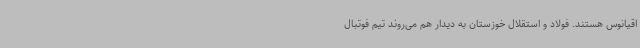
اقیانوس‌ هستند. فولاد و استقلال خوزستان به دیدار هم می‌روند تیم فوتبال